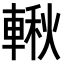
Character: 𨍊